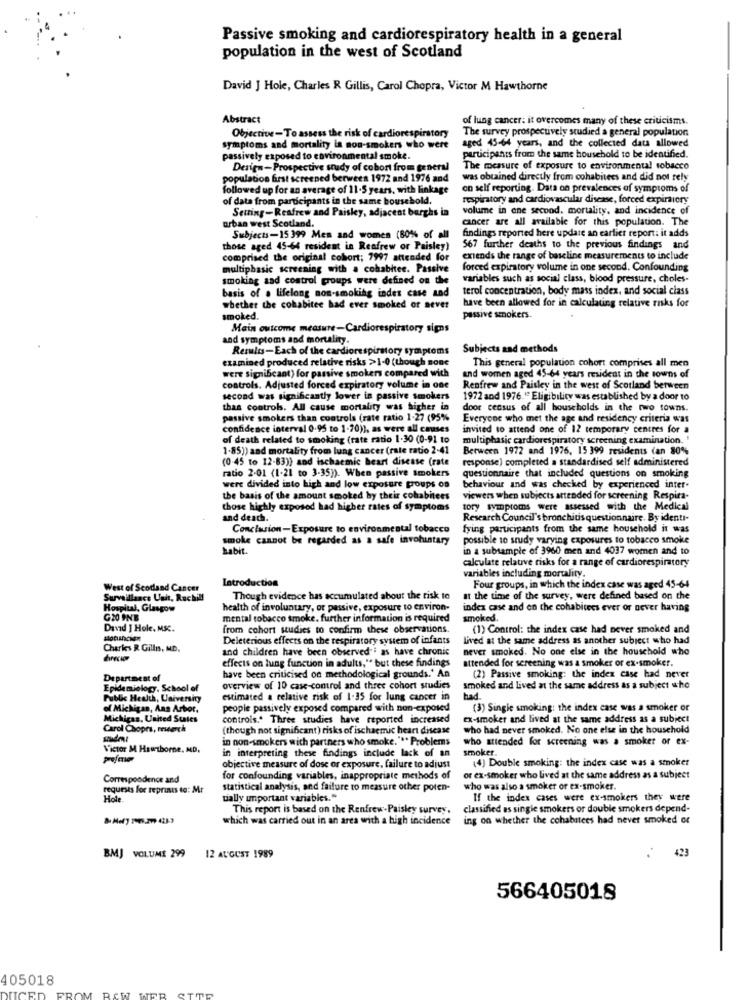
Passive smoking and cardiorespiratory health in a general
population in the west of Scotland
David J Hole, Charles R Gillis, Carol Chopra, Victor M Hawthorne
Abstract
of lung cancer; it overcomes many of these criticisms.
Objective-To assess the risk of cardiorespiratory
The survey prospectively studied a general population
aged 45-64 years, and the collected data allowed
symptoms and mortality in non-smokers who were
passively exposed to environmental smoke.
participants from the same household to be identified.
Design-Prospective study of cobort from general
The measure of exposure to environmental tobacco
population first screened berwees 1972 and 1976 and
was obtained directly from cohabitees and did not rely
followed up for an average of 11-5 years, with linkage
on self reporting. Data on prevalences of symptoms of
of data from participants in the same bousehold.
respiratory and cardiovascular disease, forced expirarory
Setting-Reafrew and Paisley, adjacent barghs in
volume in one second. mortality, and incidence of
arban west Scotland.
cancer are all available for this population. The
findings reported here update an carlict report: it adds
Subjects-15 399 Men and women (80% of all
those aged 45-64 resident in Renfrew or Paisley)
567 further deaths to the previous findings and
comprised the original cohort; 7997 attended for
extends the range of baseline measurements to include
multiphasic screening with a cohabitee. Passive
forced expiratory volume in one second. Confounding
smoking and control groups were defined on the
variables such as social class, blood pressure, choles-
basis of a lifelong non-smoking indes case and
terol concentration, body mass index, and social class
have been allowed for in calculating relative risks for
whether the cohabitee had ever smoked or sever
smoked.
passive smokers.
Main outcome measure-Cardiorespiratory signs
and symptoms and mortality.
Results-Each of the cardiorespiratory symptoms
Subjects and methods
examined produced relative risks >1-0 (though sone
were significant) for passive smokers compared with
This general population cohort comprises all men
and women aged 45-64 years resident in the towns of
controls. Adjusted forced expiratory volume in one
Renfrew and Paisley in the west of Scotland between
second was significantly lower in passive smokers
1972 and 1976." Eligibility was established by a door to
thas controls. All cause mortality was higher in
door census of all households in the two towns.
passive smokers than controls (rate ratio 1-27 (95%
Everyone who met the age and residency criteria was
confidence interval 0.95 to 1-70)), as were all causes
invited to attend one of 12 temporary centres for a
of death related to smoking (rate ratio 1-30 (0-91 to
multiphasic cardiorespiratory screening examination.
1-85)) and mortality from lung cancer (rate ratio 2-41
Between 1972 and 1976, 15 399 residents (an 80%
(0-45 to 12-83)) and ischaemic heart disease (rate
response) completed a standardised self administered
ratio 2-01 (1-21 to 3-35)). When passive smokers
questionnaire that included questions on smoking
were divided into high and low exposure groups os
behaviour and was checked by experienced inter-
the basis of the amount smoked by their cohabitees
viewers when subjects attended for screening Respira-
those highly exposed had higher rates of symptoms
tory symptoms were assessed with the Medical
and death.
Research Council's bronchitis questionnaire. By identi-
Conclusion -Exposure to environmental tobacco
fying participants from the same household it was
smoke cannot be regarded as a safe involuntary
possible to study varying exposures to tobacco smoke
habit.
in a subsample of 3960 men and 4037 women and to
calculate relative risks for a range of cardiorespiratory
variables including mortality.
Introduction
West of Scotland Cancer
Four groups, in which the index case was aged 45-6-4
Surveillance Unit, Ruchil!
Though evidence has accumulated about the risk to
at the time of the survey, were defined based on the
Hospital, Glasgow
health of involuntary, or passive, exposure to environ-
index case and on the cohabitees ever or never having
G20 INB
mental tobacco smoke. further information is required
smoked.
David J Hole, MSC.
from cohort studies to confirm these observations.
(1) Control: the index case had never smoked and
Deleterious effects on the respiratory system of infants
Lived at the same address as another subject who had
Charkes R Gillis, MD.
and children have been observed ; as have chronic
never smoked. No one else in the household who
effects on lung function in adults," but these findings
attended for screening was a smoker or ex-smoker.
Department of
have been criticised on methodological grounds.' An
(2) Passive smoking: the index case had never
Epidemiology. School of
overview of 10 case-control and three cohort studies
smoked and lived at the same address as a subject who
Public Health, University
estimated a relative risk of 1-35 for lung cancer in
had.
of Michigan, Ans Arbor.
people passively exposed compared with non-exposed
(3) Single smoking: the index case was a smoker or
Michigan, United States
controls .* Three studies have reported increased
ex-smoker and lived at the same address as a subject
Carol Chopra, research
(though not significant) risks of ischaemic heart disease
who had never smoked. No one else in the household
in non-smokers with partners who smoke." ** Problems
who attended for screening was a smoker or ex-
Victor M Hawthorne, ND,
in interpreting these findings include lack of an
smoker.
(4) Double smoking: the index case was a smoker
objective measure of dose or exposure. failure to adjust
Correspondence and
for confounding variables, inappropriate methods of
or ex-smoker who lived at the same address as a subject
requests for teprints to: Mr
statistical analysis, and failure to measure other poten-
who was also a smoker or ex-smoker.
Hole
tially unportant variables."
If the index cases were ex-smokers they were
This report is based on the Renfrew-Paisley survey.
classified as single smokers or double smokers depend-
which was carried out in an area with a high incidence
ing on whether the cohabitees had never smoked or
423
BMJ VOLUME 299
12 AUGUST 1989
566405018
405018
CED